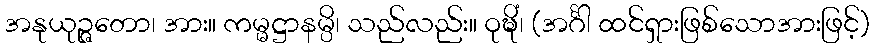
အနုယုဉ္ဇတော၊ အား။ ကမ္မဋ္ဌာနမ္ပိ၊ သည်လည်း။ ဝုဍ္ဎိံ၊ (အင်္ဂါ ထင်ရှားဖြစ်သောအားဖြင့်)